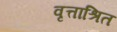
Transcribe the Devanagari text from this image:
वृत्ताश्रित